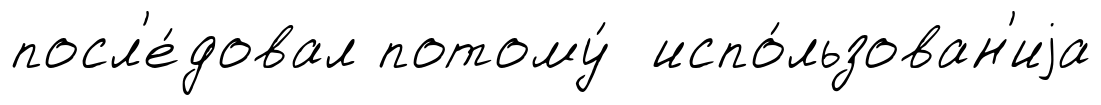
посл'е́довал потому́ испо́льзован'иjа